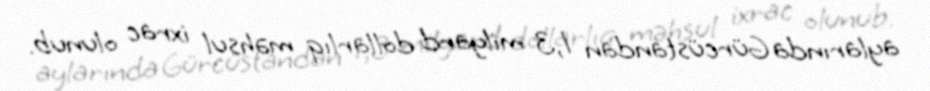
aylarında Gürcüstandan 1,3 milyard dollarlıq məhsul ixrac olunub.